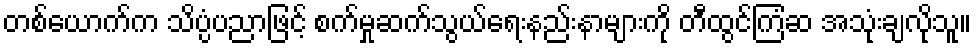
တစ်ယောက်က သိပ္ပံပညာဖြင့် စက်မှုဆက်သွယ်ရေးနည်းနာများကို တီထွင်ကြံဆ အသုံးချလိုသူ။